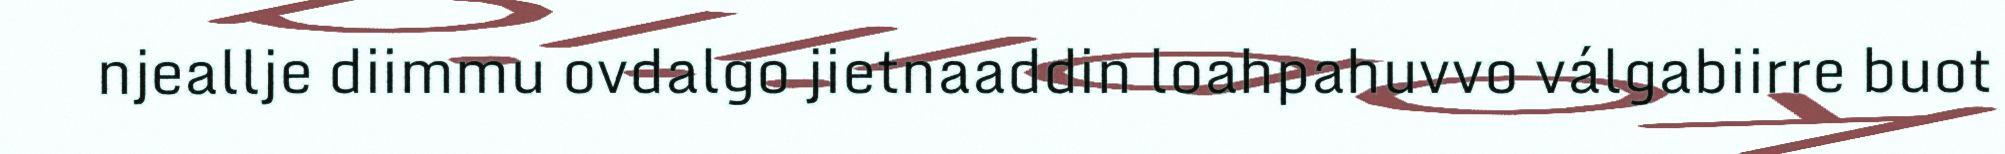
njeallje diimmu ovdalgo jietnaaddin loahpahuvvo válgabiirre buot